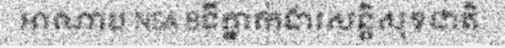
អាណាប NSA Bទីភ្នាក់ងារសន្តិសុខជាតិ: